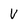
Character: V